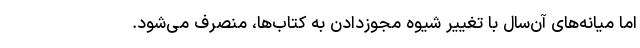
اما میانه‌های آن‌سال با تغییر شیوه مجوزدادن به کتاب‌ها، منصرف می‌شود.